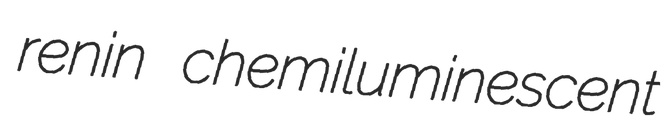
renin chemiluminescent